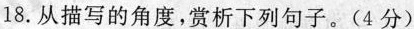
18.从描写的角度，赏析下列句子。(4 分)